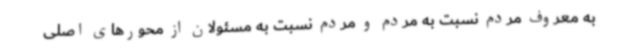
به معروف مردم نسبت به مردم و مردم نسبت به مسئولان از محورهای اصلی